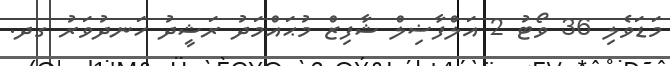
މަޑަވެލި 36 ވޯޓު 2 އަލްފާޟިލް ޝާފިޒް މުޙައްމަދު ރަޝީދު ހަނދުވަރު ގދ.